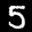
Label: 5